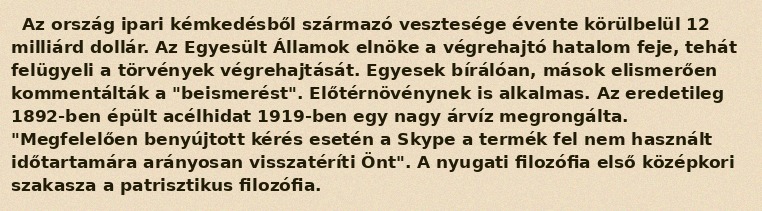
Az ország ipari kémkedésből származó vesztesége évente körülbelül 12 milliárd dollár. Az Egyesült Államok elnöke a végrehajtó hatalom feje, tehát felügyeli a törvények végrehajtását. Egyesek bírálóan, mások elismerően kommentálták a "beismerést". Előtérnövénynek is alkalmas. Az eredetileg 1892-ben épült acélhidat 1919-ben egy nagy árvíz megrongálta. "Megfelelően benyújtott kérés esetén a Skype a termék fel nem használt időtartamára arányosan visszatéríti Önt". A nyugati filozófia első középkori szakasza a patrisztikus filozófia.